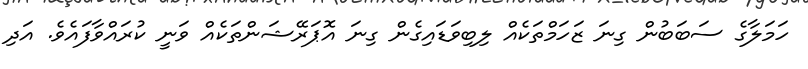
ހަމަލާގެ ސަބަބުން ގިނަ ޒަހަމްތަކެއް ލިބިވަޑައިގެން ގިނަ އޮޕަރޭޝަންތަކެއް ވަނީ ކުރައްވާފައެވެ. އަދި